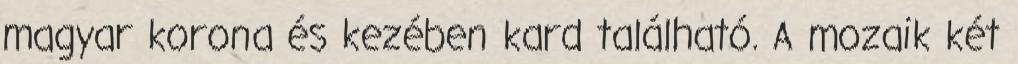
magyar korona és kezében kard található. A mozaik két